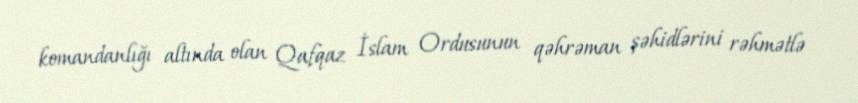
komandanlığı altında olan Qafqaz İslam Ordusunun qəhrəman şəhidlərini rəhmətlə